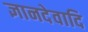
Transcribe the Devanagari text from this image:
ज्ञानदेवादि